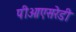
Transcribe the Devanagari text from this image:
पीओएसरेडी